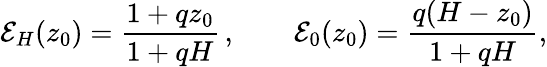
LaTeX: \mathcal{E}_{H}(z_{0})=\frac{1+qz_{0}}{1+qH}\, ,\qquad\mathcal{E}_{0}(z_{0})=\frac{q(H-z_{0})}{1+qH},